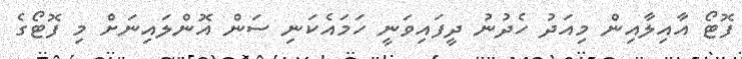
ފޮޓޯ އާއިލާއިން މިއަދު ހެދުނު ދީފައިވަނީ ހަމައެކަނި ސަން އޮންލައިނަށް މި ފޮޓޯގެ